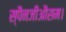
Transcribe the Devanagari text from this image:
स्पैनजीऔसम।